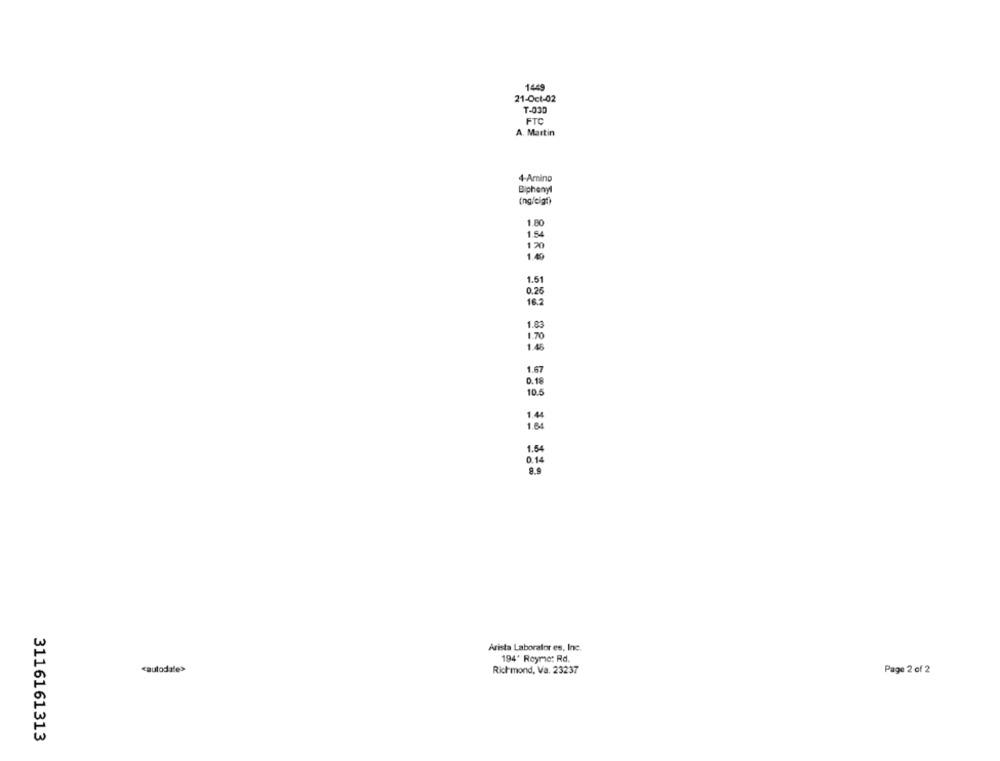
1449
21-Oct-02
T-030
FTC
A. Martin
4-Amino
Biphenyl
(ng/cigt)
1.80
1.54
120
1.49
1.51
0.25
16.2
1.03
1.70
1.46
1.67
0.18
10.5
1.44
1.64
1.54
0.14
Arista Laborator es, Inc.
194' Reyme: Rd.
cautodate>
Richmond, Va. 23237
Page 2 of 2
3116161313